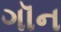
ગૉન